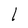
Character: I